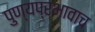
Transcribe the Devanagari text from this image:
पुण्यप्रभावाच